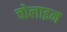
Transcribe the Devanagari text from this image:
चोलाइन